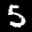
Label: 5